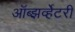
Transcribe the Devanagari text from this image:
ऑब्झर्व्हेटरी